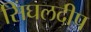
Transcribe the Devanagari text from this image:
सिंघलदीप